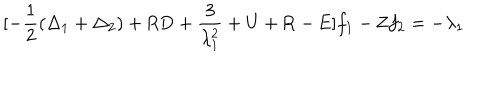
[ - \frac { 1 } { 2 } ( \Delta _ { 1 } + \Delta _ { 2 } ) + \mathrm { R D } + \frac { 3 } { \lambda _ { 1 } ^ { 2 } } + \mathrm { U } + \mathrm { R } - \mathrm { E } ] f _ { 1 } - \mathrm { Z } f _ { 2 } = - \lambda _ { 1 }